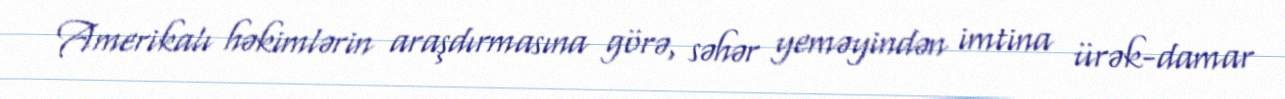
Amerikalı həkimlərin araşdırmasına görə, səhər yeməyindən imtina ürək-damar